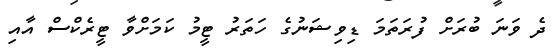
ދެ ވަނަ ބުރަށް ފުރަތަމަ ޑިވިޝަނުގެ ހަތަރު ޓީމު ކަމަށްވާ ޓީރެކްސް އާއި